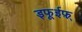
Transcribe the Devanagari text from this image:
ड्फूईफ़़्